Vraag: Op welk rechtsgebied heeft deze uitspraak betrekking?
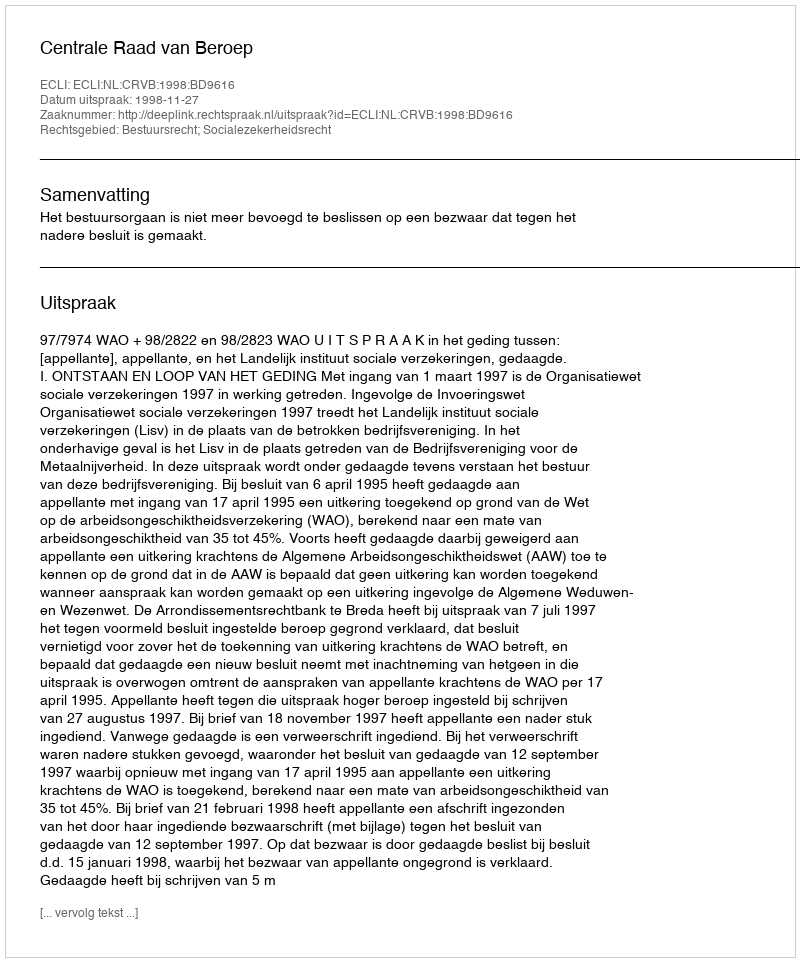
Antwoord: Bestuursrecht; Socialezekerheidsrecht